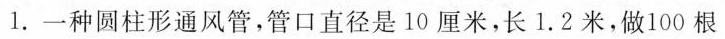
1.一种圆柱形通风管，管口直径是10厘米，长1.2米，做100根